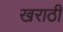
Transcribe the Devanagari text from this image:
खराठी